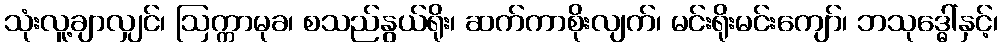
သုံးလူ့ချာလျှင်၊ ဩက္ကာမုခ၊ စသည်နွယ်ရိုး၊ ဆက်ကာစိုးလျက်၊ မင်းရိုးမင်းကျော်၊ ဘသုဒ္ဓေါ်နှင့်၊